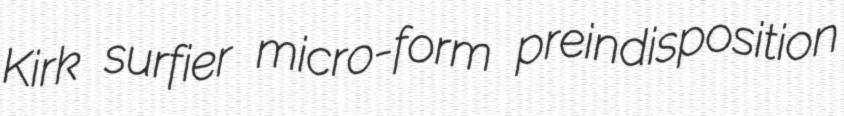
Kirk surfier micro-form preindisposition